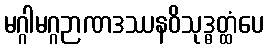
မဂ္ဂါမဂ္ဂဉာဏဒဿနဝိသုဒ္ဓတ္ထံပေ